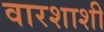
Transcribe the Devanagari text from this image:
वारशाशी